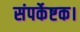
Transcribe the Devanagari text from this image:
संपर्केष्टक।